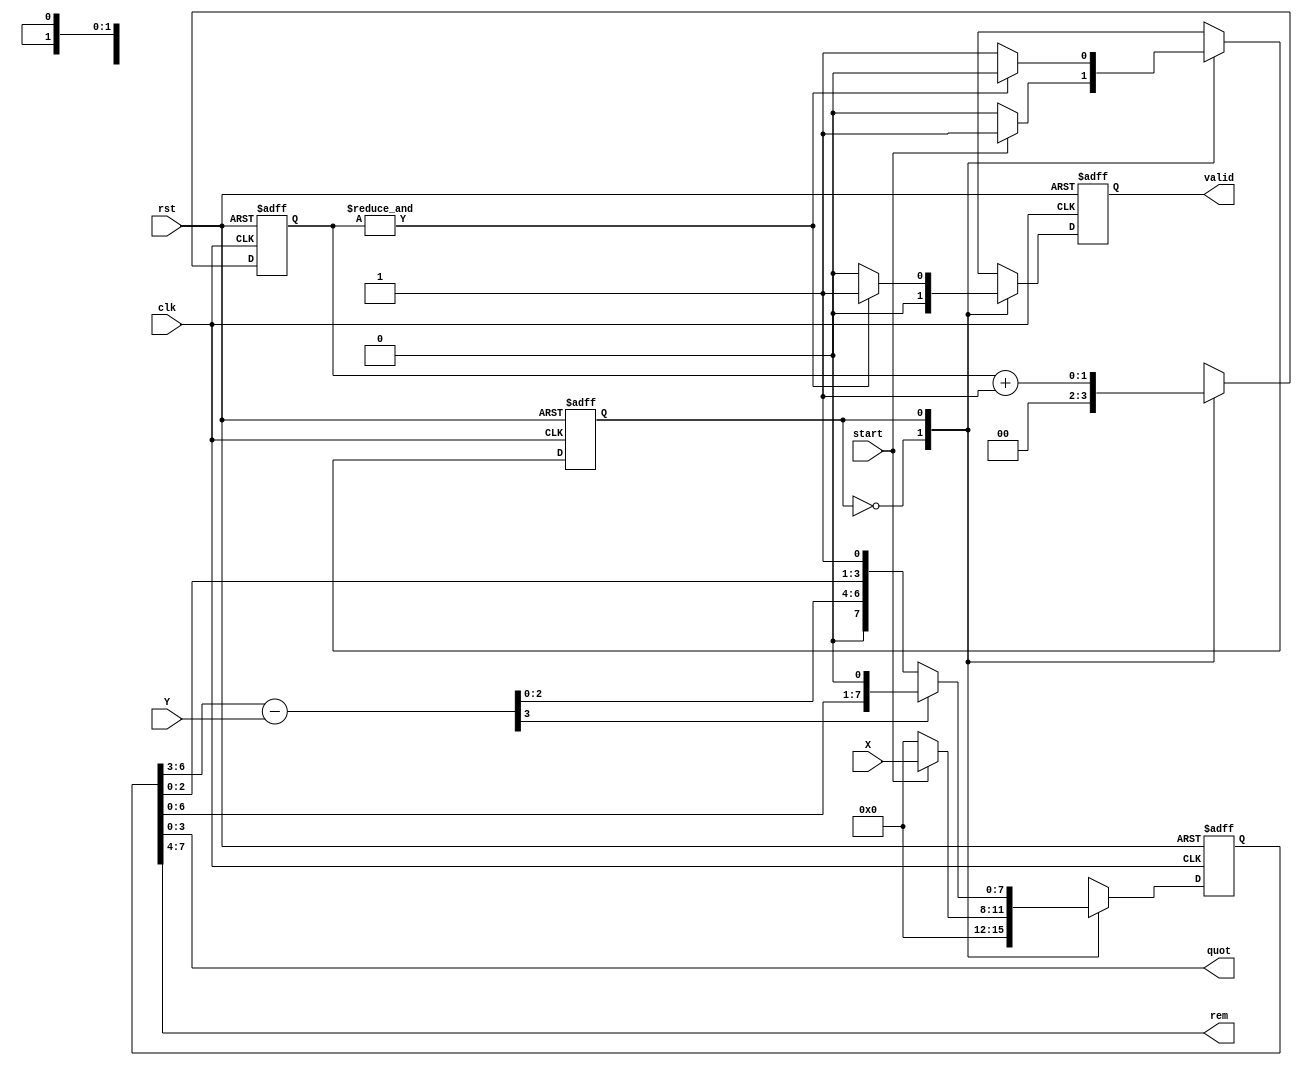
//TEAM INTEL-ECTUALS - MEMBERS : MIDHUN MATHEW , NEENA MATHEW , ALHARITH HAKKIM 
// Implementation of Slow Divison Algorithm in Verilog - Restoring Divison Algorithm 

module slowdivision(clk,rst,start,X,Y,valid,quot,rem);

input clk;
input rst;
input start;
input [3:0]X,Y;
output [3:0]quot,rem;
output valid;

reg [7:0] Z,next_Z,Z_temp,Z_temp1;
reg next_state, pres_state;
reg [1:0] count,next_count;
reg valid, next_valid;

parameter IDLE = 1'b0;
parameter START = 1'b1;

assign rem = Z[7:4];
assign quot = Z[3:0];

always @ (posedge clk or negedge rst)
begin
if(!rst)
begin
  Z          <= 8'd0;
  valid      <= 1'b0;
  pres_state <= 1'b0;
  count      <= 2'd0;
end
else
begin
  Z          <= next_Z;
  valid      <= next_valid;
  pres_state <= next_state;
  count      <= next_count;
end
end

always @ (*)
begin 
case(pres_state)
IDLE:
begin
next_count = 2'b0;
next_valid = 1'b0;
if(start)
begin
    next_state = START;
    next_Z     = {4'd0,X};
end
else
begin
    next_state = pres_state;
    next_Z     = 8'd0;
end
end

START:
begin
next_count = count + 1'b1;
Z_temp     = Z << 1;
Z_temp1    = {Z_temp[7:4]-Y,Z_temp[3:0]};
next_Z     = Z_temp1[7] ? {Z_temp[7:4],Z_temp[3:1],1'b0} : 
                          {Z_temp1[7:4],Z_temp[3:1],1'b1};
next_valid = (&count) ? 1'b1 : 1'b0; 
next_state = (&count) ? IDLE : pres_state;	
end
endcase
end
endmodule